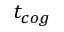
t _ { c o g }